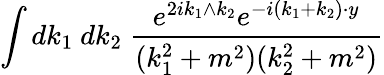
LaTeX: \int dk_{1}\ dk_{2}\ \frac{e^{2ik_{1}\wedge k_{2}}e^{-i(k_{1}+k_{2})\cdot y}}{(k_{1}^{2}+m^{2})(k_{2}^{2}+m^{2})}